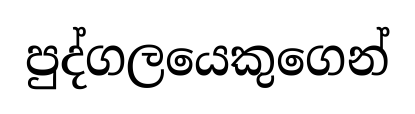
පුද්ගලයෙකුගෙන්